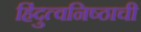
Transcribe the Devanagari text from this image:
हिंदुत्वनिष्ठाची